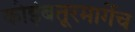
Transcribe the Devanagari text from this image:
कोइंबतूरमार्गेच